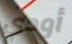
أودي